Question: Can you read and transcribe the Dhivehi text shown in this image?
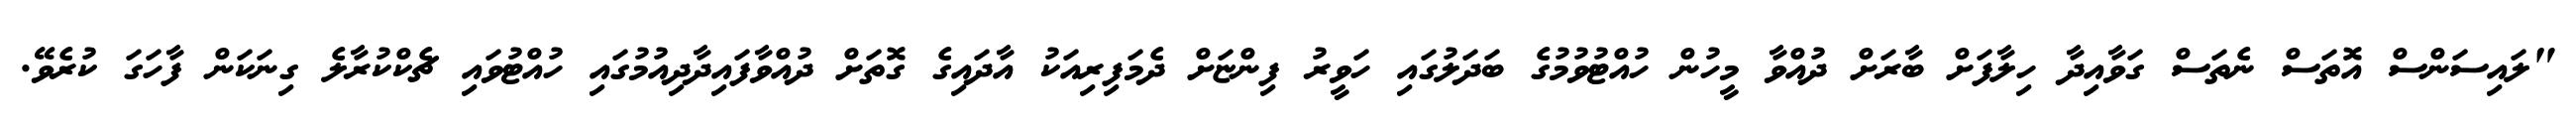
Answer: "ލައިސަންސް އޮތަސް ނެތަސް ގަވާއިދާ ހިލާފަށް ބާރަށް ދުއްވާ މީހުން ހުއްޓުވުމުގެ ބަދަލުގައި ހަވީރު ފިންޏަށް ދެމަފިރިއަކު އާދައިގެ ގޮތަށް ދުއްވާފައިދާދިއުމުގައި ހުއްޓުވައި ޗެކްކުރާލެ ގިނަކަން ފާހަގަ ކުރެވޭ.